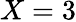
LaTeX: X=3